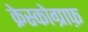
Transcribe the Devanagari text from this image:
क्रेस्कोग्राफ़